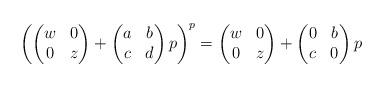
LaTeX: \begin{align*}\left( \begin{pmatrix} w & 0 \\ 0 & z \end{pmatrix} + \begin{pmatrix} a & b \\ c & d \end{pmatrix} p \right)^{p} = \begin{pmatrix} w & 0 \\ 0 & z \end{pmatrix} + \begin{pmatrix} 0 & b \\ c & 0 \end{pmatrix} p\end{align*}